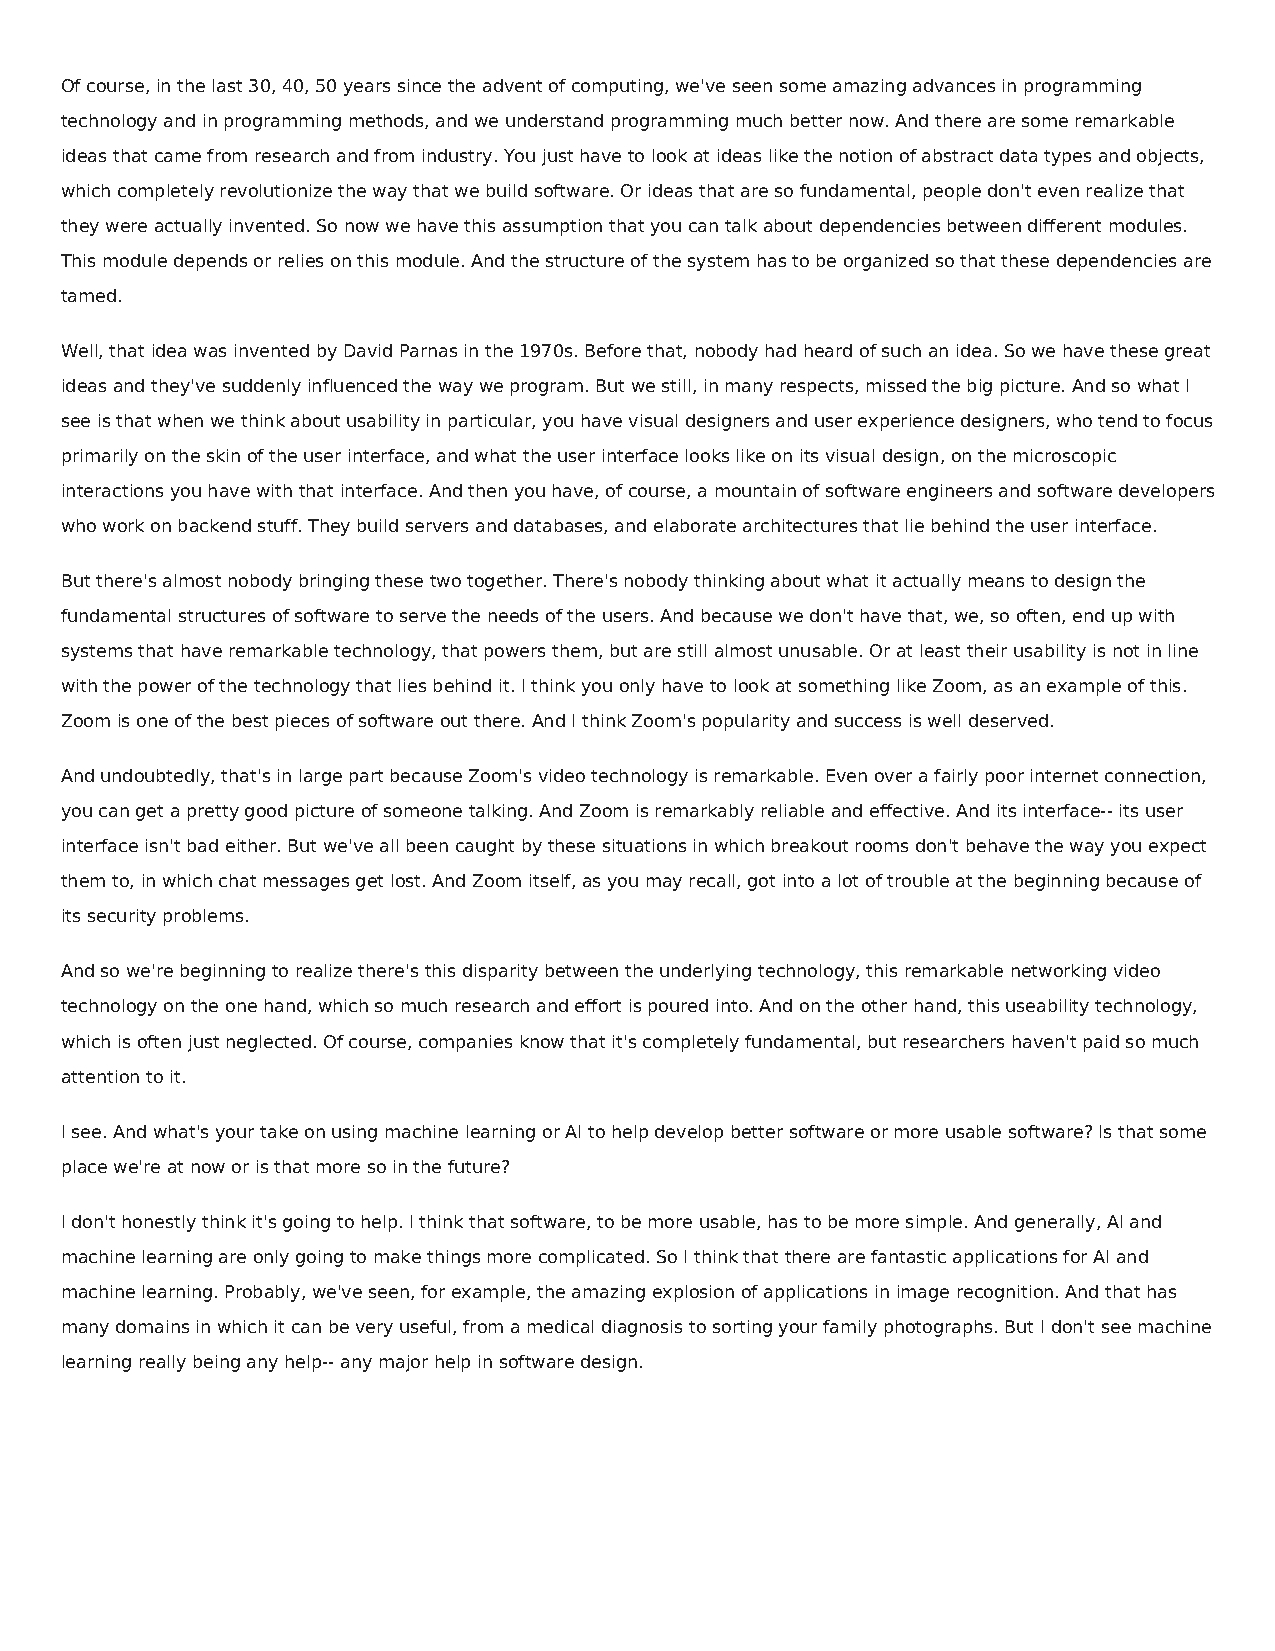
Of course, in the last 30, 40, 50 years since the advent of computing, we've seen some amazing advances in programming
 technology and in programming methods, and we understand programming much better now. And there are some remarkable
 ideas that came from research and from industry. You just have to look at ideas like the notion of abstract data types and objects,
 which completely revolutionize the way that we build software. Or ideas that are so fundamental, people don't even realize that
 they were actually invented. So now we have this assumption that you can talk about dependencies between different modules.
 This module depends or relies on this module. And the structure of the system has to be organized so that these dependencies are
 tamed.
 Well, that idea was invented by David Parnas in the 1970s. Before that, nobody had heard of such an idea. So we have these great
 ideas and they've suddenly influenced the way we program. But we still, in many respects, missed the big picture. And so what I
 see is that when we think about usability in particular, you have visual designers and user experience designers, who tend to focus
 primarily on the skin of the user interface, and what the user interface looks like on its visual design, on the microscopic
 interactions you have with that interface. And then you have, of course, a mountain of software engineers and software developers
 who work on backend stuff. They build servers and databases, and elaborate architectures that lie behind the user interface.
 But there's almost nobody bringing these two together. There's nobody thinking about what it actually means to design the
 fundamental structures of software to serve the needs of the users. And because we don't have that, we, so often, end up with
 systems that have remarkable technology, that powers them, but are still almost unusable. Or at least their usability is not in line
 with the power of the technology that lies behind it. I think you only have to look at something like Zoom, as an example of this.
 Zoom is one of the best pieces of software out there. And I think Zoom's popularity and success is well deserved.
 And undoubtedly, that's in large part because Zoom's video technology is remarkable. Even over a fairly poor internet connection,
 you can get a pretty good picture of someone talking. And Zoom is remarkably reliable and effective. And its interface-- its user
 interface isn't bad either. But we've all been caught by these situations in which breakout rooms don't behave the way you expect
 them to, in which chat messages get lost. And Zoom itself, as you may recall, got into a lot of trouble at the beginning because of
 its security problems.
 And so we're beginning to realize there's this disparity between the underlying technology, this remarkable networking video
 technology on the one hand, which so much research and effort is poured into. And on the other hand, this useability technology,
 which is often just neglected. Of course, companies know that it's completely fundamental, but researchers haven't paid so much
 attention to it.
 I see. And what's your take on using machine learning or AI to help develop better software or more usable software? Is that some
 place we're at now or is that more so in the future?
 I don't honestly think it's going to help. I think that software, to be more usable, has to be more simple. And generally, AI and
 machine learning are only going to make things more complicated. So I think that there are fantastic applications for AI and
 machine learning. Probably, we've seen, for example, the amazing explosion of applications in image recognition. And that has
 many domains in which it can be very useful, from a medical diagnosis to sorting your family photographs. But I don't see machine
 learning really being any help-- any major help in software design.